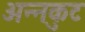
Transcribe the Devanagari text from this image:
अन्नकुट